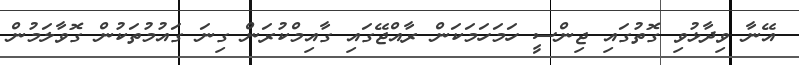
އޭނާ ވިދާޅުވި ގޮތުގައި ޖިންސީ ހަމަހަމަކަން ރާއްޖޭގައި ގާއިމްކުރަން ގިނަ ގައުމުތަކުން ގޮވާލަމުން